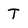
Character: T